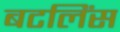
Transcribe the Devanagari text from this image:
बटलिंस